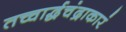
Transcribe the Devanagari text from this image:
तच्चार्द्धचंद्राकारं